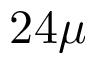
2 4 \mu